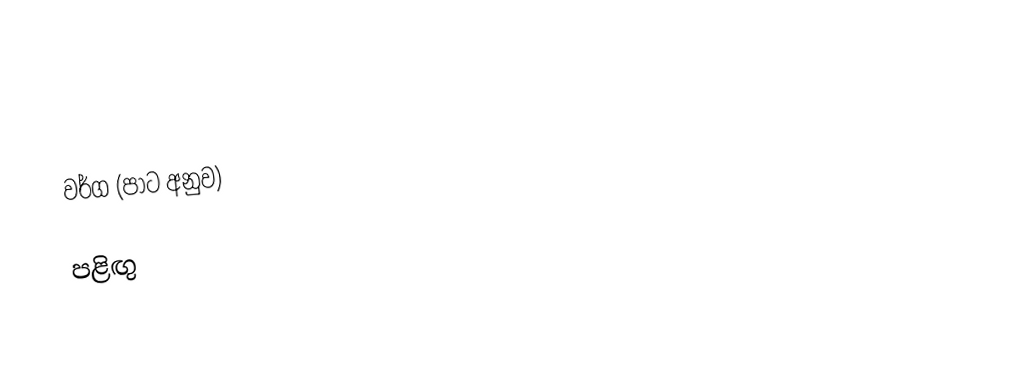

වර්ග (පාට අනුව)

පළිඟු